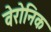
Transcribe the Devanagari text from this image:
वेरोनिक